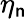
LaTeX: \eta_{\mathsf{n}}